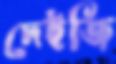
দেইজি